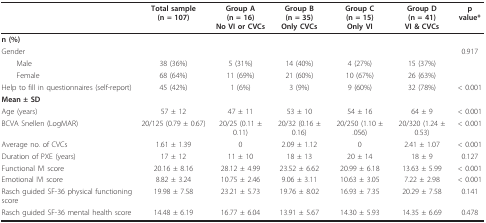
|  | Total sample (n = 107) | Group A (n = 16)No VI or CVCs | Group B (n = 35)Only CVCs | Group C (n = 15)Only VI | Group D (n = 41)VI & CVCs | p value* |
 | --- | --- | --- | --- | --- | --- | --- |
 | n (%) |  |  |  |  |  |  |
 | Gender |  |  |  |  |  | 0.917 |
 | Male | 38 (36%) | 5 (31%) | 14 (40%) | 4 (27%) | 15 (37%) |  |
 | Female | 68 (64%) | 11 (69%) | 21 (60%) | 10 (67%) | 26 (63%) |  |
 | Help to fill in questionnaires (self-report) | 45 (42%) | 1 (6%) | 3 (9%) | 9 (60%) | 32 (78%) | < 0.001 |
 | Mean ± SD |  |  |  |  |  |  |
 | Age (years) | 57 ± 12 | 47 ± 11 | 53 ± 10 | 54 ± 16 | 64 ± 9 | < 0.001 |
 | BCVA Snellen (LogMAR) | 20/125 (0.79 ± 0.67) | 20/25 (0.11 ± 0.11) | 20/32 (0.16 ± 0.16) | 20/250 (1.10 ± .056) | 20/320 (1.24 ± 0.53) | < 0.001 |
 | Average no. of CVCs | 1.61 ± 1.39 | 0 | 2.09 ± 1.12 | 0 | 2.41 ± 1.07 | < 0.001 |
 | Duration of PXE (years) | 17 ± 12 | 11 ± 10 | 18 ± 13 | 20 ± 14 | 18 ± 9 | 0.127 |
 | Functional IVI score | 20.16 ± 8.16 | 28.12 ± 4.99 | 23.52 ± 6.62 | 20.99 ± 6.18 | 13.63 ± 5.99 | < 0.001 |
 | Emotional IVI score | 8.82 ± 3.24 | 10.75 ± 2.46 | 9.06 ± 3.11 | 10.63 ± 3.05 | 7.22 ± 2.98 | < 0.001 |
 | Rasch guided SF-36 physical functioning score | 19.98 ± 7.58 | 23.21 ± 5.73 | 19.76 ± 8.02 | 16.93 ± 7.35 | 20.29 ± 7.58 | 0.141 |
 | Rasch guided SF-36 mental health score | 14.48 ± 6.19 | 16.77 ± 6.04 | 13.91 ± 5.67 | 14.30 ± 5.93 | 14.35 ± 6.69 | 0.478 |